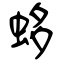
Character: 蛥